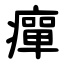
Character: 癉